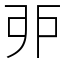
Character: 戼